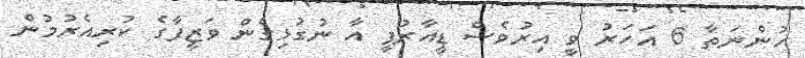
ހުންނަތާ 6 އަހަރު ވީ އިރުވެސް ޑީއާރުޕީ އާ ނުގުޅިގެން ވަޒީފާގެ ކުރިއެރުމުން